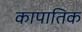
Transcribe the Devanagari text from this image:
कापातिक